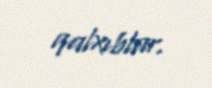
qalxıblar.